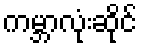
ကမ္ဘာလုံးဆိုင်